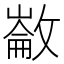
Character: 𢿗